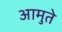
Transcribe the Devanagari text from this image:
आमुते